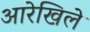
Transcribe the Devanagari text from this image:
आरेखिले